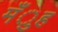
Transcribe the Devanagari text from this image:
मँुह